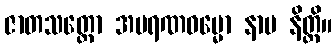
ဇာတသတ္တော အမရဏဓမ္မော နာမ နိတ္ထိ။